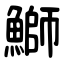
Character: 鰤